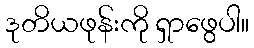
ဒုတိယဖုန်းကို ရှာဖွေပါ။